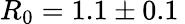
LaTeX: R_{0}=1.1\pm 0.1{\: }